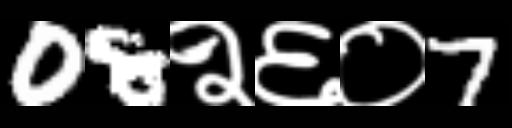
Text: 08२६०7